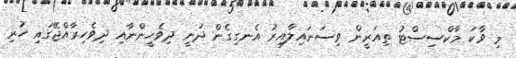
މި ވާކަ މާކްސިސްޓު ތިއަރީން ވިސަނައިލާއިރު އެނގިގެން ދަނީ ދިވެހީންނާއި ދިވެހިރާއްޖޭގައި ހުރި